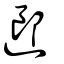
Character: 𨖅